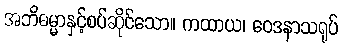
အဘိဓမ္မာနှင့်စပ်ဆိုင်သော။ ကထာယ၊ ဝေဒနာသရုပ်